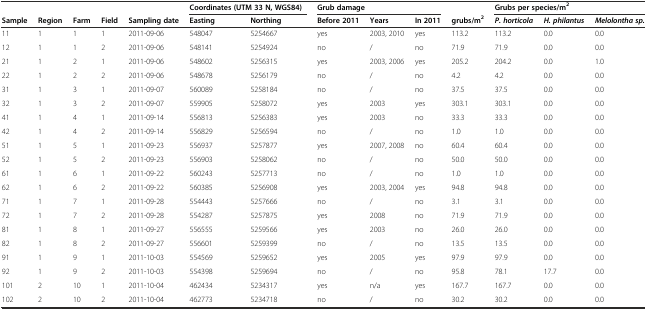
<table><thead><tr><td colspan="5"></td><td colspan="2"><b>Coordinates (UTM 33 N, WGS84)</b></td><td colspan="3"><b>Grub damage</b></td><td></td><td colspan="3"><b>Grubs per species/m<sup>2</sup></b></td></tr><tr><td><b>Sample</b></td><td><b>Region</b></td><td><b>Farm</b></td><td><b>Field</b></td><td><b>Sampling date</b></td><td><b>Easting</b></td><td><b>Northing</b></td><td><b>Before 2011</b></td><td><b>Years</b></td><td><b>In 2011</b></td><td><b>grubs/m<sup>2</sup></b></td><td><b><i>P. horticola</i></b></td><td><b><i>H. philantus</i></b></td><td><b><i>Melolontha sp.</i></b></td></tr></thead><tbody><tr><td>11</td><td>1</td><td>1</td><td>1</td><td>2011-09-06</td><td>548047</td><td>5254667</td><td>yes</td><td>2003, 2010</td><td>yes</td><td>113.2</td><td>113.2</td><td>0.0</td><td>0.0</td></tr><tr><td>12</td><td>1</td><td>1</td><td>2</td><td>2011-09-06</td><td>548141</td><td>5254924</td><td>no</td><td>/</td><td>no</td><td>71.9</td><td>71.9</td><td>0.0</td><td>0.0</td></tr><tr><td>21</td><td>1</td><td>2</td><td>1</td><td>2011-09-06</td><td>548602</td><td>5256315</td><td>yes</td><td>2003, 2006</td><td>yes</td><td>205.2</td><td>204.2</td><td>0.0</td><td>1.0</td></tr><tr><td>22</td><td>1</td><td>2</td><td>2</td><td>2011-09-06</td><td>548678</td><td>5256179</td><td>no</td><td>/</td><td>no</td><td>4.2</td><td>4.2</td><td>0.0</td><td>0.0</td></tr><tr><td>31</td><td>1</td><td>3</td><td>1</td><td>2011-09-07</td><td>560089</td><td>5258184</td><td>no</td><td>/</td><td>no</td><td>37.5</td><td>37.5</td><td>0.0</td><td>0.0</td></tr><tr><td>32</td><td>1</td><td>3</td><td>2</td><td>2011-09-07</td><td>559905</td><td>5258072</td><td>yes</td><td>2003</td><td>yes</td><td>303.1</td><td>303.1</td><td>0.0</td><td>0.0</td></tr><tr><td>41</td><td>1</td><td>4</td><td>1</td><td>2011-09-14</td><td>556813</td><td>5256383</td><td>yes</td><td>2003</td><td>no</td><td>33.3</td><td>33.3</td><td>0.0</td><td>0.0</td></tr><tr><td>42</td><td>1</td><td>4</td><td>2</td><td>2011-09-14</td><td>556829</td><td>5256594</td><td>no</td><td>/</td><td>no</td><td>1.0</td><td>1.0</td><td>0.0</td><td>0.0</td></tr><tr><td>51</td><td>1</td><td>5</td><td>1</td><td>2011-09-23</td><td>556937</td><td>5257877</td><td>yes</td><td>2007, 2008</td><td>no</td><td>60.4</td><td>60.4</td><td>0.0</td><td>0.0</td></tr><tr><td>52</td><td>1</td><td>5</td><td>2</td><td>2011-09-23</td><td>556903</td><td>5258062</td><td>no</td><td>/</td><td>no</td><td>50.0</td><td>50.0</td><td>0.0</td><td>0.0</td></tr><tr><td>61</td><td>1</td><td>6</td><td>1</td><td>2011-09-22</td><td>560243</td><td>5257713</td><td>no</td><td>/</td><td>no</td><td>1.0</td><td>1.0</td><td>0.0</td><td>0.0</td></tr><tr><td>62</td><td>1</td><td>6</td><td>2</td><td>2011-09-22</td><td>560385</td><td>5256908</td><td>yes</td><td>2003, 2004</td><td>yes</td><td>94.8</td><td>94.8</td><td>0.0</td><td>0.0</td></tr><tr><td>71</td><td>1</td><td>7</td><td>1</td><td>2011-09-28</td><td>554443</td><td>5257666</td><td>no</td><td>/</td><td>no</td><td>3.1</td><td>3.1</td><td>0.0</td><td>0.0</td></tr><tr><td>72</td><td>1</td><td>7</td><td>2</td><td>2011-09-28</td><td>554287</td><td>5257875</td><td>yes</td><td>2008</td><td>no</td><td>71.9</td><td>71.9</td><td>0.0</td><td>0.0</td></tr><tr><td>81</td><td>1</td><td>8</td><td>1</td><td>2011-09-27</td><td>556555</td><td>5259566</td><td>yes</td><td>2003</td><td>no</td><td>26.0</td><td>26.0</td><td>0.0</td><td>0.0</td></tr><tr><td>82</td><td>1</td><td>8</td><td>2</td><td>2011-09-27</td><td>556601</td><td>5259399</td><td>no</td><td>/</td><td>no</td><td>13.5</td><td>13.5</td><td>0.0</td><td>0.0</td></tr><tr><td>91</td><td>1</td><td>9</td><td>1</td><td>2011-10-03</td><td>554569</td><td>5259652</td><td>yes</td><td>2005</td><td>yes</td><td>97.9</td><td>97.9</td><td>0.0</td><td>0.0</td></tr><tr><td>92</td><td>1</td><td>9</td><td>2</td><td>2011-10-03</td><td>554398</td><td>5259694</td><td>no</td><td>/</td><td>no</td><td>95.8</td><td>78.1</td><td>17.7</td><td>0.0</td></tr><tr><td>101</td><td>2</td><td>10</td><td>1</td><td>2011-10-04</td><td>462434</td><td>5234317</td><td>yes</td><td>n/a</td><td>yes</td><td>167.7</td><td>167.7</td><td>0.0</td><td>0.0</td></tr><tr><td>102</td><td>2</td><td>10</td><td>2</td><td>2011-10-04</td><td>462773</td><td>5234718</td><td>no</td><td>/</td><td>no</td><td>30.2</td><td>30.2</td><td>0.0</td><td>0.0</td></tr></tbody></table>